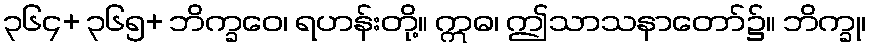
၃၆၄+ ၃၆၅+ ဘိက္ခဝေ၊ ရဟန်းတို့။ ဣဓ၊ ဤသာသနာတော်၌။ ဘိက္ခု၊